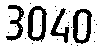
3040